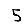
Digit: 5